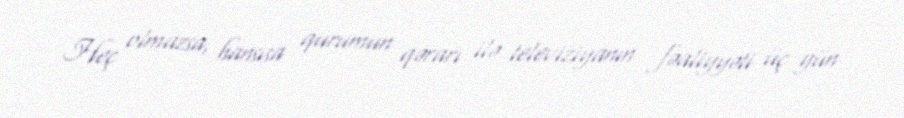
Heç olmazsa, hansısa qurumun qərarı ilə televiziyanın fəaliyyəti üç gün